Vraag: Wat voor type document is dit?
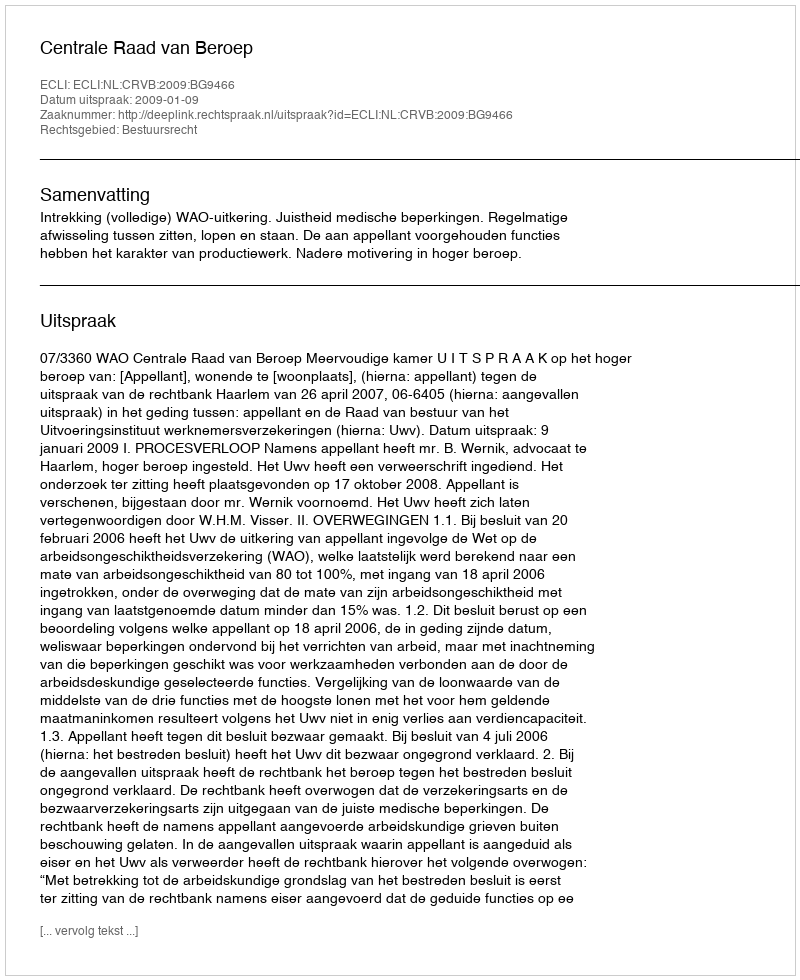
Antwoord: Uitspraak